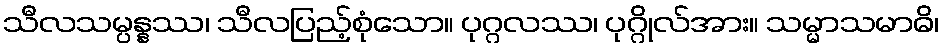
သီလသမ္ပန္နဿ၊ သီလပြည့်စုံသော။ ပုဂ္ဂလဿ၊ ပုဂ္ဂိုလ်အား။ သမ္မာသမာဓိ၊